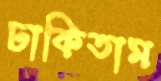
ঢাকিতাম